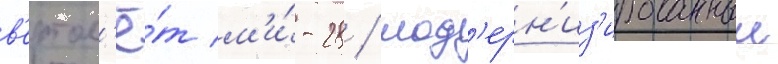
в'ертол'ё́т м'и́-28 / мод'ерн'из'ированныи